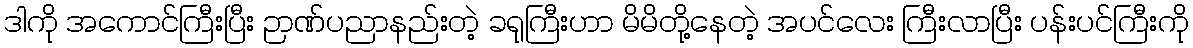
ဒါကို အကောင်ကြီးပြီး ဉာဏ်ပညာနည်းတဲ့ ခရုကြီးဟာ မိမိတို့နေတဲ့ အပင်လေး ကြီးလာပြီး ပန်းပင်ကြီးကို